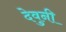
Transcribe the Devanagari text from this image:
देवुनी